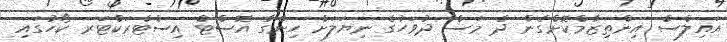
އައިލްސް އިންތިޒާމްކޮށްގެން ދެ މަސް ދުވަހުގެ ނިޔަލަށް ހިންގާ އޮސްޓް އިސްޓްރަކްޓަރ ކޯހުގައި